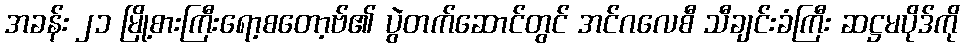
အခန်း ၂၁ မြို့စားကြီးရော့စတော့ဗ်၏ ပွဲတက်ဆောင်တွင် အင်ဂလေစီ သီချင်းခံကြီး ဆဋ္ဌမပိုဒ်ကို